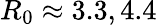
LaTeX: R_{0}\approx 3.3,4.4